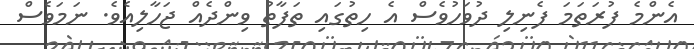
އެންމެ ފުރަތަމަ ފެނިލި ދުވަހުވެސް އެ ހިތުގައި ތަފާތު ވިންދެއް ޖަހާލިއެވެ. ނަމަވެސް